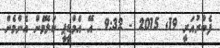
ފެބްރުއަރީ 19